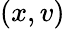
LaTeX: (x,v)